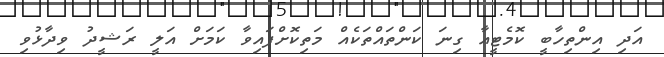
އަދި އިންތިހާބީ ކޮމެޓީއާ ގިނަ ކަންތައްތަކެއް މަތިކޮށްފައިވާ ކަމަށް އަލީ ރަޝީދު ވިދާޅުވި